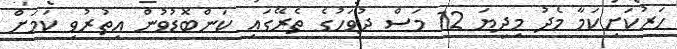
ހަރުކަށިކަމާ މެދު މިދިޔަ 12 މަސް ދުވަހުގެ ތެރޭގައި ކަންބޮޑުވުން އިތުރުވި ކަމަށް